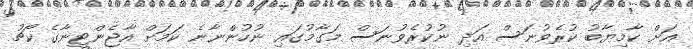
އަށް ކާމިޔާބު ކުރެވުނަސް އަދި ނުކުރެވުނަސް މަގާމުގައި ނުހުންނާނެ ކަމަށް އާޖެންޓީނާގެ ކޯޗު